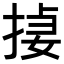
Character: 𪮄